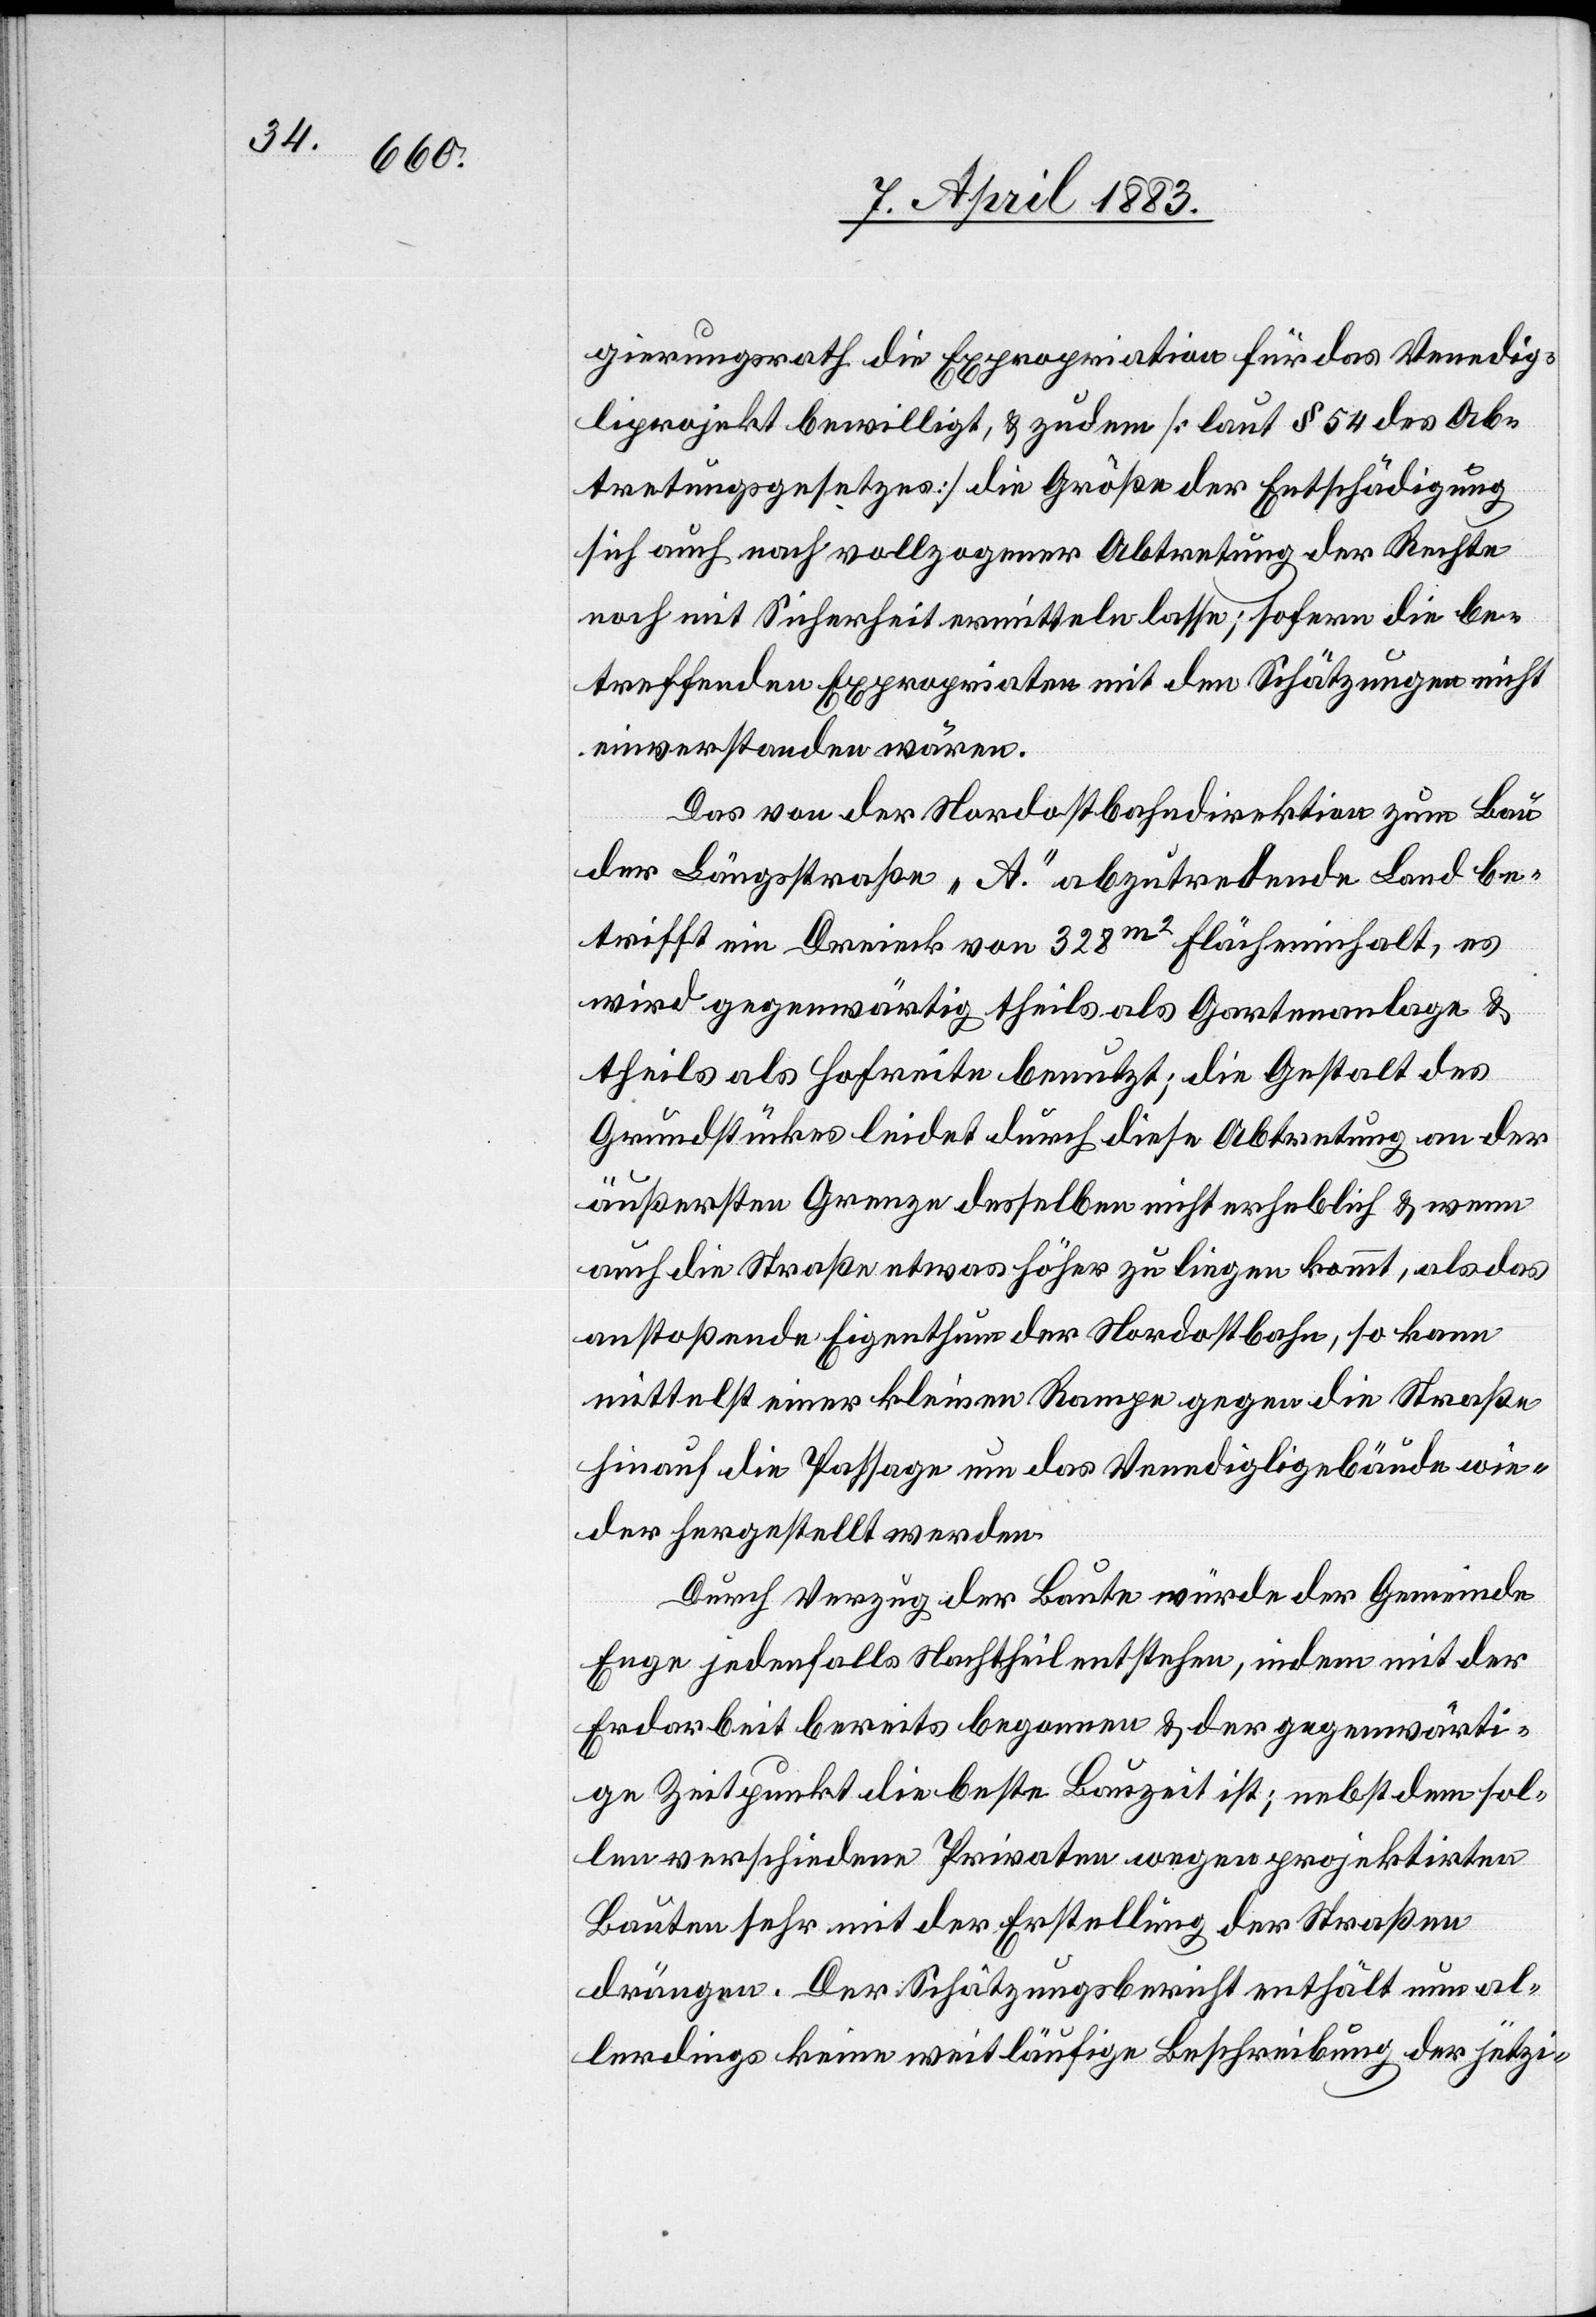
gierungsrath die Expropriation für das Venedig¬
liprojekt bewilligt, & zudem [laut § 54 des Ab¬
tretungsgesetzes] die Größe der Entschädigung
sich auch nach vollzogener Abtretung der Rechte
noch mit Sicherheit ermitteln lasse; sofern die be¬
treffenden Expropriaten mit den Schätzungen nicht
einverstanden wären.
Das von der Nordostbahndirektion zum Bau
der Längstraße „A.“ abzutretende Land be¬
trifft ein Dreieck von 328m2 Flächeninhalt, es
wird gegenwärtig theils als Gartenanlage &
theils als Hofreite benutzt; die Gestalt des
Grundstückes leidet durch diese Abtretung an der
äußersten Grenze desselben nicht erheblich & wenn
auch die Straße etwas höher zu liegen kommt, als das
anstoßende Eigenthum der Nordostbahn, so kann
mittelst einer kleinen Rampe gegen die Straße
hinauf die Passage um das Venedigligebäude wie¬
der hergestellt werden.
Durch Verzug der Baute würde der Gemeinde
Enge jedenfalls Nachtheil entstehen, indem mit der
Erdarbeit bereits begonnen & der gegenwärti¬
ge Zeitpunkt die beste Bauzeit ist; nebst dem sol¬
len verschiedene Privaten wegen projektirten
Bauten sehr mit der Erstellung der Straßen
drängen. Der Schätzungsbericht enthält nun al¬
lerdings keine weitläufige Beschreibung der jetzi-